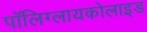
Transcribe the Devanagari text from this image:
पॉलिग्लायकोलाइड